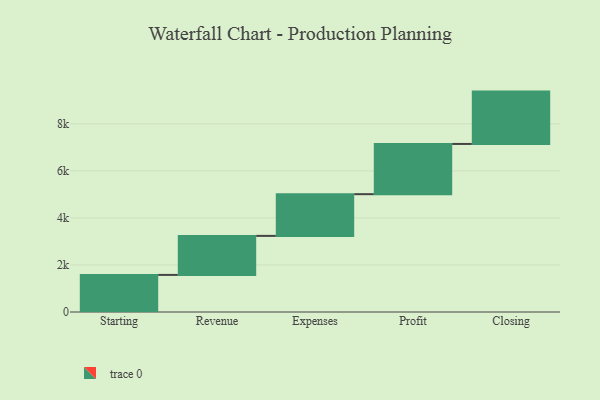
{"axis": {"x": "Step", "y": "Value"}, "legend": [""], "data": [{"x": "Starting", "y": 1577.0, "type": ""}, {"x": "Revenue", "y": 1659.0, "type": ""}, {"x": "Expenses", "y": 1774.0, "type": ""}, {"x": "Profit", "y": 2135.0, "type": ""}, {"x": "Closing", "y": 2226.0, "type": ""}]}